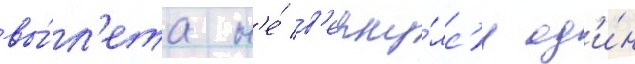
вы́л'ета н'е́ в'ерну́лс'я од'и́н